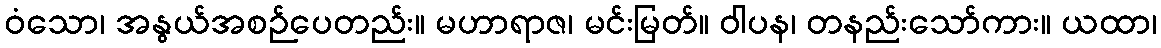
ဝံသော၊ အနွယ်အစဉ်ပေတည်း။ မဟာရာဇ၊ မင်းမြတ်။ ဝါပန၊ တနည်းသော်ကား။ ယထာ၊